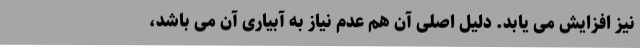
نیز افزایش می یابد. دلیل اصلی آن هم عدم نیاز به آبیاری آن می باشد،